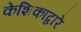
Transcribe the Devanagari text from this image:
केशिकाद्वारे